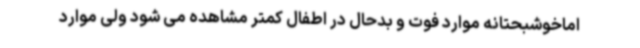
اماخوشبحتانه موارد فوت و بدحال در اطفال کمتر مشاهده می شود ولی موارد